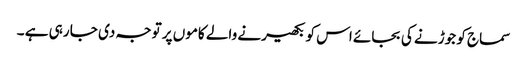
سماج کو جوڑنے کی بجائے اس کو بکھیرنے والے کاموں پر توجہ دی جا رہی ہے ۔